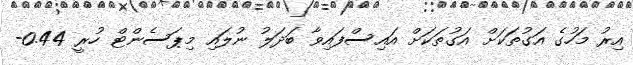
އިރު މަހުގެ އަގުތަކަށް އަގުތަކަށް އައިސްފައިވާ ބަދަލު ނުލައި މިޕަސެންޓް ހުރީ 0.44-